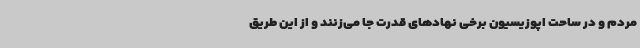
مردم و در ساحت اپوزیسیون برخی نهادهای قدرت جا می‌زنند و از این طریق